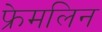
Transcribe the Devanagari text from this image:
फ्रेमलिन